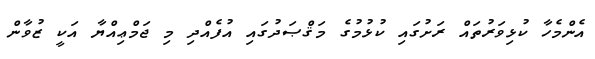
އެންމެހާ ކުޅިވަރުތައް ރަށުގައި ކުޅުމުގެ މަޤްޞަދުގައި އުފެއްދި މި ޖަމްޢިއްޔާ އަކީ ޒުވާން